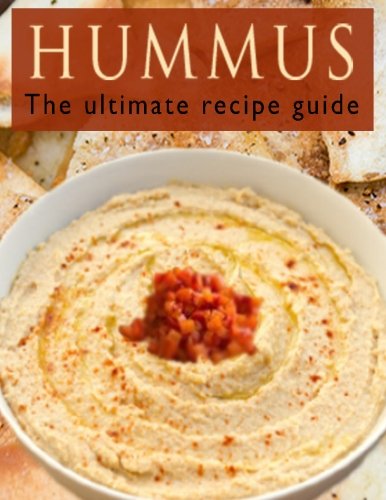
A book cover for Hummus :The Ultimate Recipe Guide; Jackson Crawford; Cookbooks, Food & Wine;